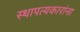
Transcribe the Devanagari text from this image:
स्थापत्यकारांना